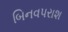
બિનવપરાશ